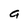
Character: a